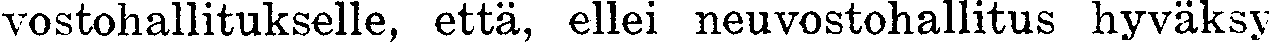
vostohallitukselle, että, ellei neuvostohallitus hyväksy